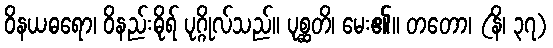
ဝိနယဓရော၊ ဝိနည်းဓိုရ် ပုဂ္ဂိုလ်သည်။ ပုစ္ဆတိ၊ မေး၏။ တတော၊ (နိ၊ ၃၇)